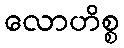
လောဟိစ္စ